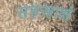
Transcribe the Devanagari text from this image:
सहस्राक्षं